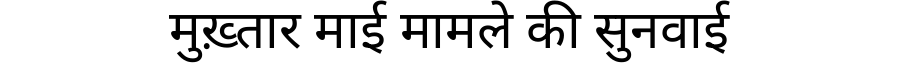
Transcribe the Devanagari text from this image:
मुख़्तार माई मामले की सुनवाई